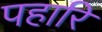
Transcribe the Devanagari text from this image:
पहारि